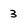
Character: 3